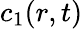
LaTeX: c_{1}(r,t)